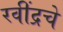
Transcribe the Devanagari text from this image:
रवींद्रचे